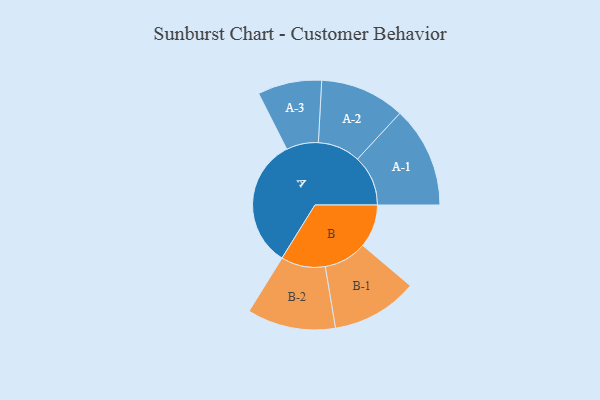
{"axis": {"x": "Segment", "y": "Value"}, "legend": ["", "A", "B"], "data": [{"x": "A", "y": 434, "type": ""}, {"x": "B", "y": 144, "type": ""}, {"x": "A-1", "y": 169, "type": "A"}, {"x": "A-2", "y": 142, "type": "A"}, {"x": "A-3", "y": 107, "type": "A"}, {"x": "B-1", "y": 144, "type": "B"}, {"x": "B-2", "y": 148, "type": "B"}]}